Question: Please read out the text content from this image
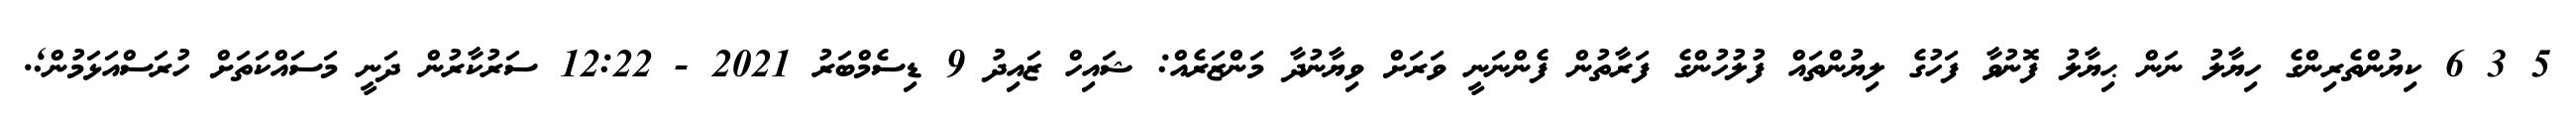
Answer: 5 3 6 ކިޔުންތެރިންގެ ހިޔާލު ނަން ޙިޔާލު ފޮނުވާ ފަހުގެ ލިޔުންތައް ފުލުހުންގެ ފަރާތުން ފެންނަނީ ވަރަށް ވިޔާނުދާ މަންޒަރެއް: ޝައިހް ޒައިދު 9 ޑިސެމްބަރު 2021 - 12:22 ސަރުކާރުން ދަނީ މަސައްކަތަށް ހުރަސްއަޅަމުން;.